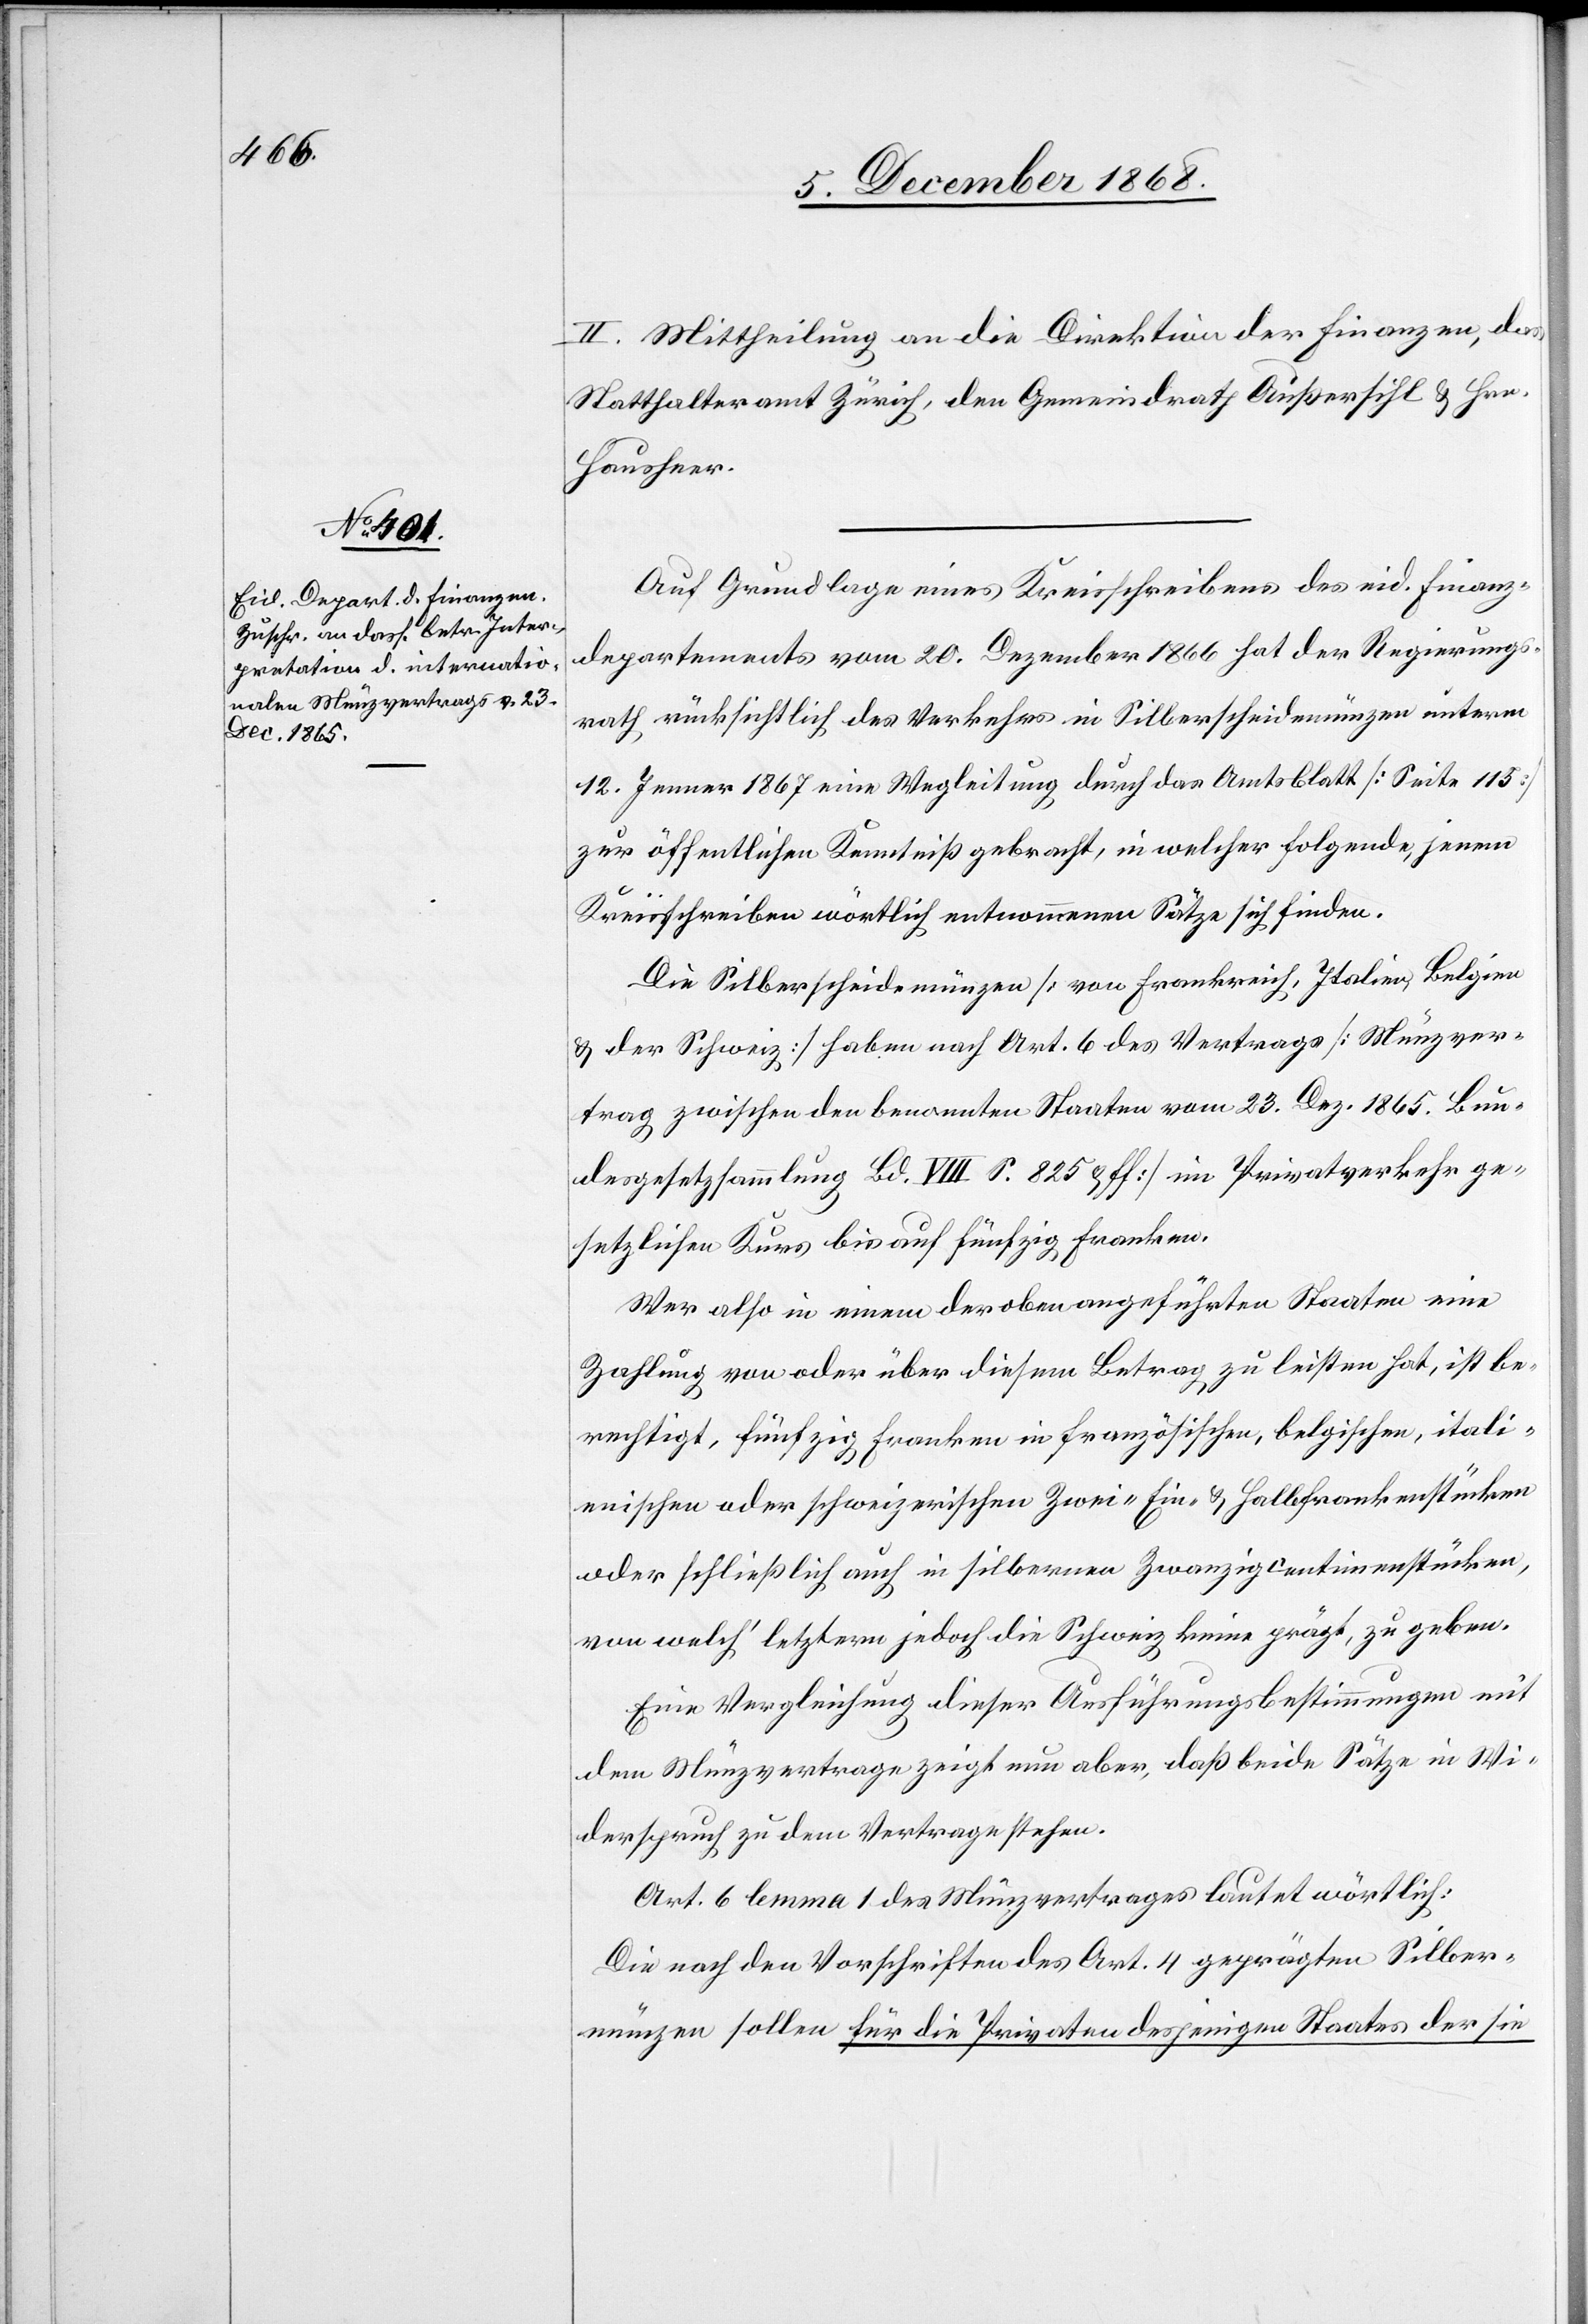
II. Mittheilung an die Direktion der Finanzen, das
Statthalteramt Zürich, den Gemeindrath Außersil & Hrn.
Hausheer.
Auf Grundlage eines Kreisschreibens des eid. Finanz¬
departements vom 20. Dezember 1866 hat der Regierungs¬
rath rücksichtlich des Verkehrs in Silberscheidemünzen unterm
12. Jenner 1867 eine Wegleitung durch das Amtsblatt [Seite 115]
zur öffentlichen Kenntniß gebracht, in welcher folgende, jenem
Kreisschreiben wörtlich entnommenen Sätze sich finden:
Die Silberscheidemünzen [von Frankreich, Italien, Belgien
& der Schweiz] haben nach Art. 6 des Vertrags [Münzver¬
trag zwischen den benannten Staaten vom 23. Dez. 1865. Bun¬
desgesetzsammlung Bd. VIII S. 825 & ff.] im Privatverkehr ge¬
setzlichen Kurs bis auf fünfzig Franken.
Wer also in einem der oben angeführten Staaten eine
Zahlung von oder über diesem Betrag zu leisten hat, ist be¬
rechtigt, fünfzig Franken in französischen, belgischen, itali¬
enischen oder schweizerischen Zwei-[,] Ein- & Halbfrankenstücken
oder schließlich auch in silbernen Zwanzigcentimenstücken,
von welch‘ letztern jedoch die Schweiz keine prägt, zu geben.
Eine Vergleichung dieser Ausführungsbestimmungen mit
dem Münzvertrage zeigt nun aber, daß beide Sätze in Wi¬
derspruch zu dem Vertrage stehen.
Art. 6 lemma 1 des Münzvertrages lautet wörtlich:
Die nach den Vorschriften des Art. 4 geprägten Silber¬
münzen sollen für die Privaten desjenigen Staates der sie